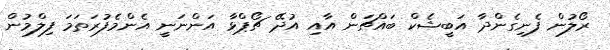
ރޯލުން ފެނިގެންދާ އަބީޝެކް ބައްޗަން އާއި އުދޭ ޗޯޕްޅާ އަންނަނީ އެންމެފުރަތަމަ ފިލްމުން